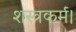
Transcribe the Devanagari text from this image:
शस्त्रकर्म।